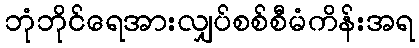
ဘုံဘိုင်ရေအားလျှပ်စစ်စီမံကိန်းအရ